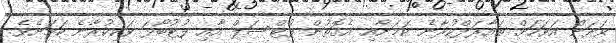
ވަރަށް އަވަހަށް ތައާރަފްކުރާނެ ކަމަށާއި އެގޮތުން ފުޓްސަލް އާއި ފުޓުބޯޅަ ވަކިކުރާނެ ކަމަށެވެ.